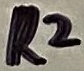
Text: R2